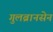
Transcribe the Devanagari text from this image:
गुलब्रानसेन